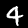
Label: 4